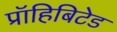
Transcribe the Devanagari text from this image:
प्रॉहिबिटेड